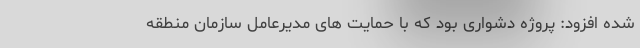
شده افزود: پروژه دشواری بود که با حمایت های مدیرعامل سازمان منطقه